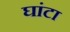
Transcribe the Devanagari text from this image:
घांटा